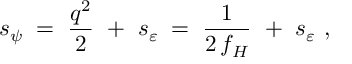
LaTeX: s _ { \psi } \; = \; \frac { q ^ { 2 } } { 2 } ~ + ~ s _ { \varepsilon } \; = \; \frac { 1 } { 2 \, f _ { H } } ~ + ~ s _ { \varepsilon } ~ ,